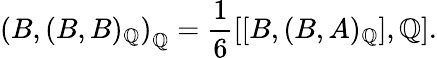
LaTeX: \left(B,(B,B)_{\mathbb{Q}}\right)_{\mathbb{Q}}=\frac{{1}}{{6}}\left[[B,(B,A)_{\mathbb{Q}}],\mathbb{Q}\right].